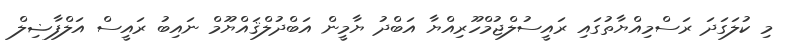
މި ކުލަގަދަ ރަސްމިއްޔާތުގައި ރައީސުލްޖުމްހޫރިއްޔާ އަބްދު ޔާމީން އަބްދުލްޤައްޔޫމް ނައިބު ރައީސް އަލްފާޟިލް